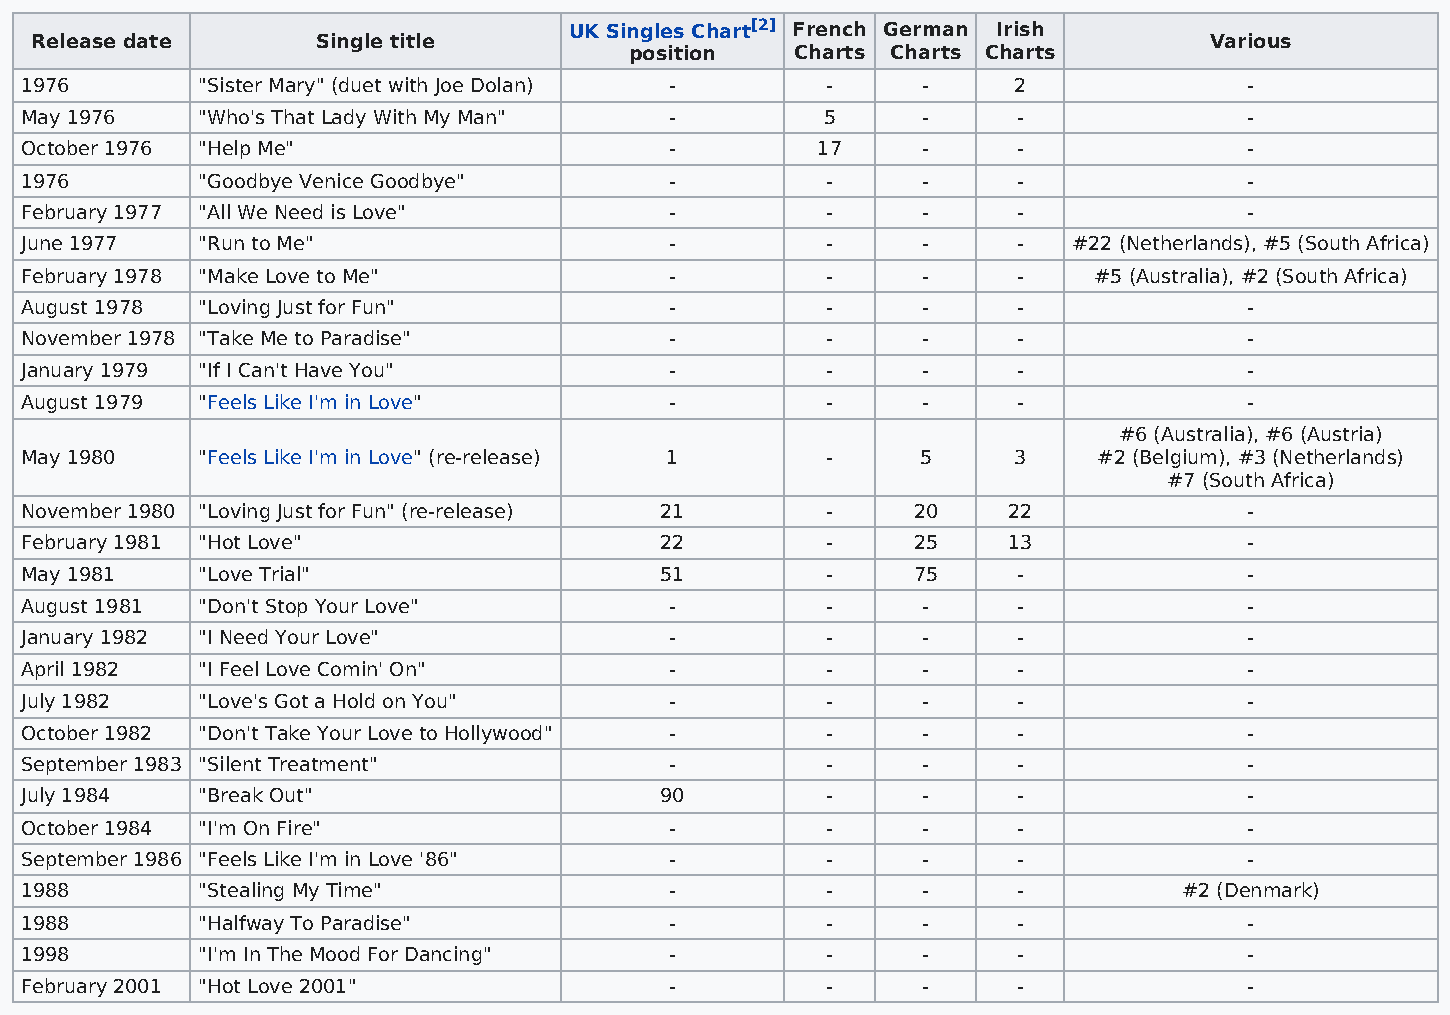
UK Singles Chart[2] French German Irish
 Release date       Single title                                               Various
 position   Charts Charts Charts
 1976        "Sister Mary" (duet with Joe Dolan) -     -     -     2               -
 May 1976    "Who's That Lady With My Man"  -          5     -     -               -
 October 1976 "Help Me"                     -         17     -     -               -
 1976        "Goodbye Venice Goodbye"       -          -     -     -               -
 February 1977 "All We Need is Love"        -          -     -     -               -
 June 1977   "Run to Me"                    -          -     -     -   #22 (Netherlands), #5 (South Africa)
 February 1978 "Make Love to Me"            -          -     -     -    #5 (Australia), #2 (South Africa)
 August 1978 "Loving Just for Fun"          -          -     -     -               -
 November 1978 "Take Me to Paradise"        -          -     -     -               -
 January 1979 "If I Can't Have You"         -          -     -     -               -
 August 1979 "Feels Like I'm in Love"       -          -     -     -               -
 #6 (Australia), #6 (Austria)
 May 1980    "Feels Like I'm in Love" (re-release) 1   -     5     3     #2 (Belgium), #3 (Netherlands)
 #7 (South Africa)
 November 1980 "Loving Just for Fun" (re-release) 21   -    20     22              -
 February 1981 "Hot Love"                   22         -    25     13              -
 May 1981    "Love Trial"                   51         -    75     -               -
 August 1981 "Don't Stop Your Love"         -          -     -     -               -
 January 1982 "I Need Your Love"            -          -     -     -               -
 April 1982  "I Feel Love Comin' On"        -          -     -     -               -
 July 1982   "Love's Got a Hold on You"     -          -     -     -               -
 October 1982 "Don't Take Your Love to Hollywood" -    -     -     -               -
 September 1983 "Silent Treatment"          -          -     -     -               -
 July 1984   "Break Out"                    90         -     -     -               -
 October 1984 "I'm On Fire"                 -          -     -     -               -
 September 1986 "Feels Like I'm in Love '86" -         -     -     -               -
 1988        "Stealing My Time"             -          -     -     -          #2 (Denmark)
 1988        "Halfway To Paradise"          -          -     -     -               -
 1998        "I'm In The Mood For Dancing"  -          -     -     -               -
 February 2001 "Hot Love 2001"              -          -     -     -               -